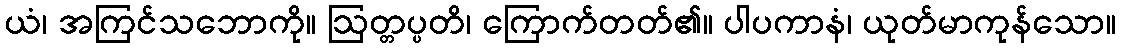
ယံ၊ အကြင်သဘောကို။ ဩတ္တပ္ပတိ၊ ကြောက်တတ်၏။ ပါပကာနံ၊ ယုတ်မာကုန်သော။